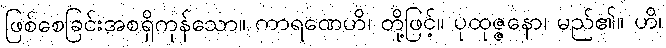
ဖြစ်စေခြင်းအစရှိကုန်သော။ ကာရဏေဟိ၊ တို့ဖြင့်။ ပုထုဇ္ဇနော၊ မည်၏။ ဟိ၊